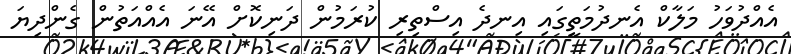
އެއްދުވަހު މަލާކް އެނދުމަތީގައި އިނދެ އިސްތިރި ކުރަމުން ދަނިކޮށް އޭނަ އެއްއަތުން ގެންދިޔަ